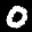
Label: 0